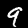
Digit: 9